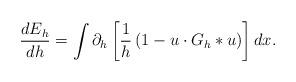
LaTeX: \begin{align*} \frac{d E_h}{dh} = \int \partial_h \left[ \frac1h \left( 1-u\cdot G_h\ast u \right) \right] dx. \end{align*}